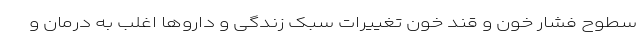
سطوح فشار خون و قند خون تغییرات سبک زندگی و داروها اغلب به درمان و